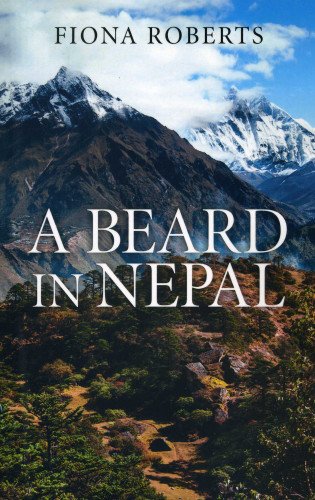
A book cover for A Beard In Nepal; Fiona Roberts; Travel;